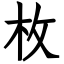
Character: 枚